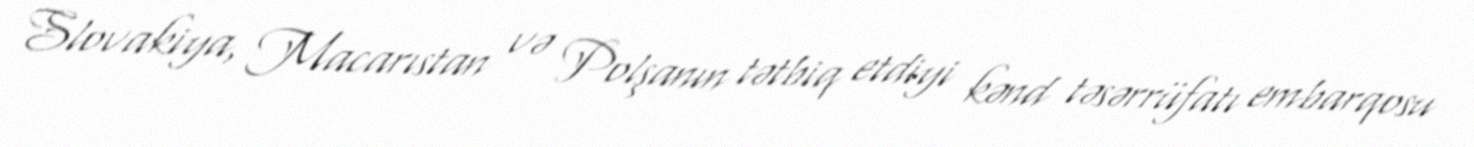
Slovakiya, Macarıstan və Polşanın tətbiq etdiyi kənd təsərrüfatı embarqosu